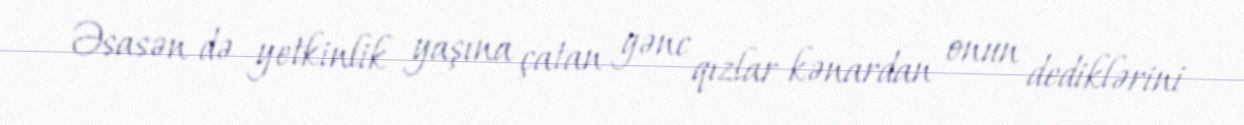
Əsasən də yetkinlik yaşına çatan gənc qızlar kənardan onun dediklərini